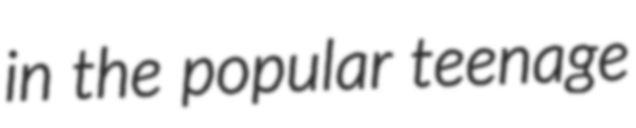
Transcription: in the popular teenage